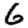
Digit: 6